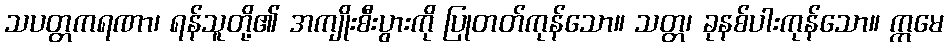
သပတ္တကရဏာ၊ ရန်သူတို့၏ အကျိုးစီးပွားကို ပြုတတ်ကုန်သော။ သတ္တ၊ ခုနစ်ပါးကုန်သော။ ဣမေ